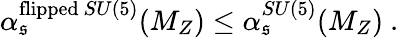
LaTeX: \alpha_{\mathfrak{s}}^{\mathrm{{flipped}}~SU(5)}(M_{Z})\leq\alpha_{\mathfrak{s}}^{SU(5)}(M_{Z})\ .